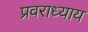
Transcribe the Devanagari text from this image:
प्रवराध्याय